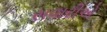
સવારીએ